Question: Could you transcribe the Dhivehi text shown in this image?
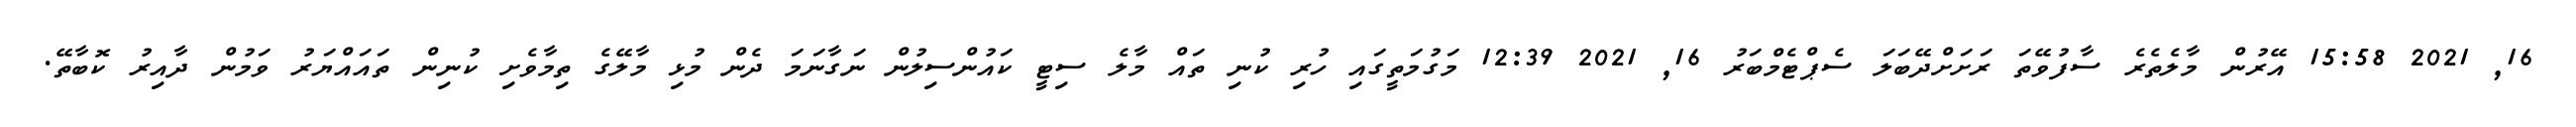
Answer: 16, 2021 15:58 އޭރުން މާލެތެރެ ސާފުވޭތަ ރަށަށްދޭބަލަ ސެޕްޓެމްބަރު 16, 2021 12:39 މަގުމަތީގައި ހުރި ކުނި ތައް މާލެ ސިޓީ ކައުންސިލުން ނަގާނަމަ ދެން މުޅި މާލޭގެ ތިމާވެށި ކުނިން ތައައްޔަރު ވަމުން ދާއިރު ކޮބާތޭ.